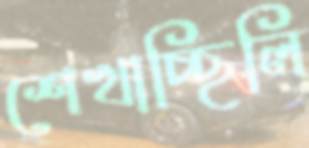
শেখাচ্ছিলি